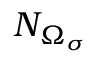
N _ { \Omega _ { \sigma } }